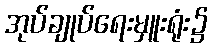
အုပ်ချုပ်ရေးမှူးရုံး၌